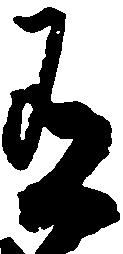
有